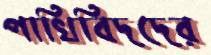
পাখিবিদদের